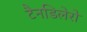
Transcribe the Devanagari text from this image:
टैनडिलेरो